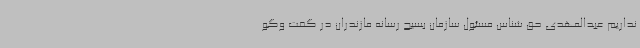
نداریم عبدالمهدی حق شناس مسئول سازمان بسیج رسانه مازندران در گفت وگو